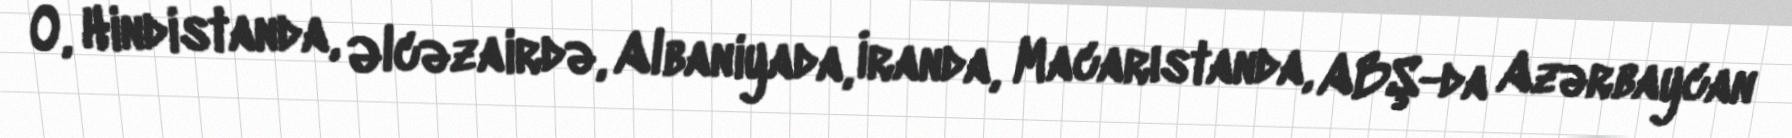
O, Hindistanda, Əlcəzairdə, Albaniyada, İranda, Macarıstanda, ABŞ-da Azərbaycan